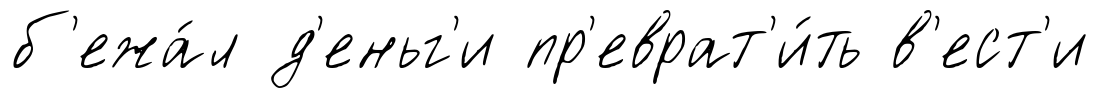
б'ежа́л д'еньг'и пр'еврат'и́ть в'ест'и